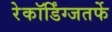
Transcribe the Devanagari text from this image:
रेकॉर्डिंग्जतर्फे